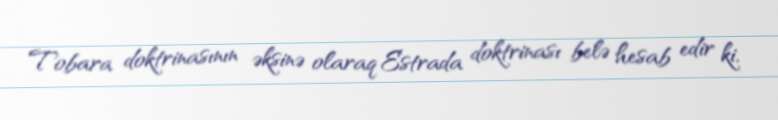
Tobara doktrinasının əksinə olaraq Estrada doktrinası belə hesab edir ki,